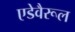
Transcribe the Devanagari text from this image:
एडेवैरूल